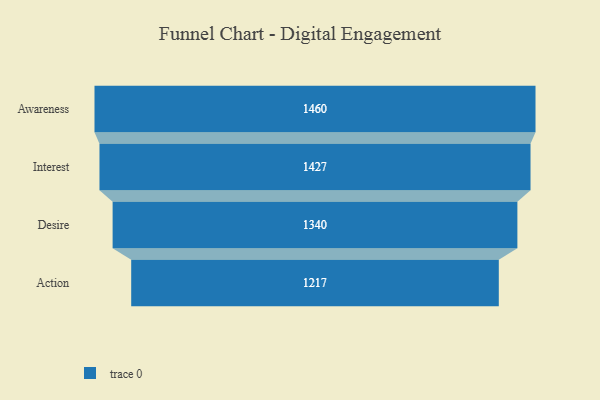
{"axis": {"x": "Stage", "y": "Value"}, "legend": [""], "data": [{"x": "Awareness", "y": 1460.0, "type": ""}, {"x": "Interest", "y": 1427.0, "type": ""}, {"x": "Desire", "y": 1340.0, "type": ""}, {"x": "Action", "y": 1217.0, "type": ""}]}